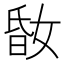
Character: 𡝪